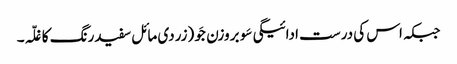
جبکہ اس کی درست ادائیگی سَو بروزن جَو (زردی مائل سفیدرنگ کا غلّہ۔